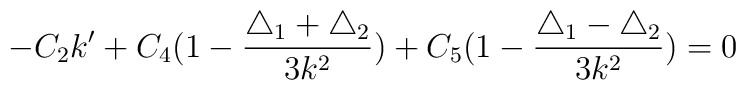
-C_2k' + C_4(1-\frac{\triangle_1 +\triangle_2}{3k^2}) +C_5(1-\frac{\triangle_1-\triangle_2}{3k^2})=0